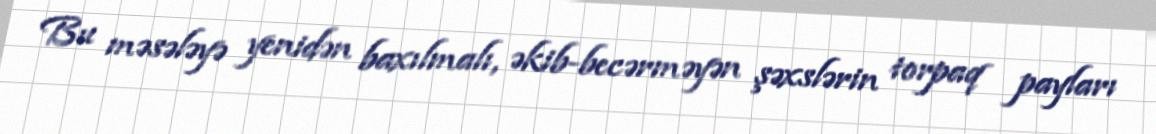
Bu məsələyə yenidən baxılmalı, əkib-becərməyən şəxslərin torpaq payları